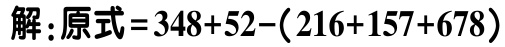
解：原式\(=348 + 52-(216 + 157 + 678)\)